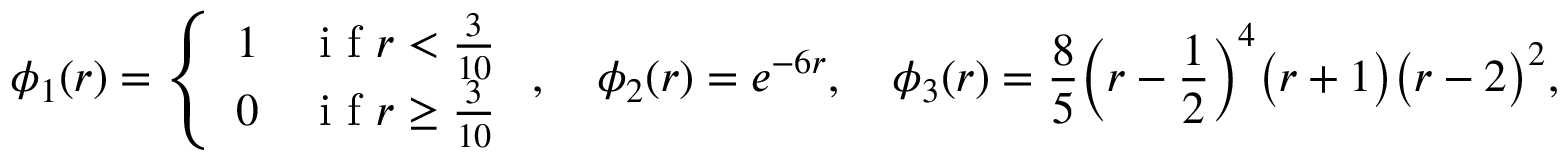
\phi _ { 1 } ( r ) = \left\{ \begin{array} { l l } { 1 } & { \mathrm { ~ i ~ f ~ } r < \frac { 3 } { 1 0 } } \\ { 0 } & { \mathrm { ~ i ~ f ~ } r \geq \frac { 3 } { 1 0 } } \end{array} \right. , \quad \phi _ { 2 } ( r ) = e ^ { - 6 r } , \quad \phi _ { 3 } ( r ) = \frac { 8 } { 5 } \bigg ( r - \frac { 1 } { 2 } \bigg ) ^ { 4 } \big ( r + 1 \big ) \big ( r - 2 \big ) ^ { 2 } ,